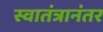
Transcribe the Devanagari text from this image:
स्वातंत्रानंतर